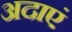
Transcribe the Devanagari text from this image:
अदाएं